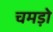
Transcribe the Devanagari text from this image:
चमड़ो